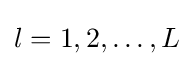
l=1,2,\ldots ,L